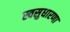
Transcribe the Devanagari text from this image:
स्वसुधारणा